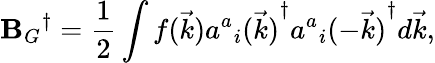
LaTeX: {{\mathbf{B}_{G}}^{\dagger}}={\frac{{1}}{{2}}}\int{f(\vec{{k}}){{{a^{a}}_{i}(\vec{{k}})}^{\dagger}}{{{a^{a}}_{i}(-\vec{{k}})}^{\dagger}}d\vec{{k}}},